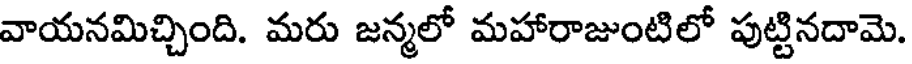
వాయనమిచ్చింది. మరు జన్మలో మహారాజుంటిలో పుట్టినదామె.